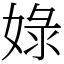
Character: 娽